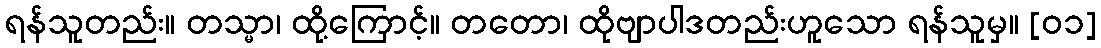
ရန်သူတည်း။ တသ္မာ၊ ထို့ကြောင့်။ တတော၊ ထိုဗျာပါဒတည်းဟူသော ရန်သူမှ။ [၀၁]